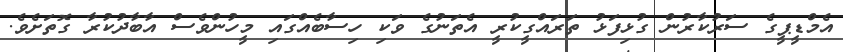
އެމްޑީޕީގެ ސަރުކާރުން ގުޅިފަޅު ތަރައްގީކުރީ އެތަނުގެ ވަކި ހިސާބެއްގައި މީހުންވެސް އާބާދުކުރާ ގޮތަށެވެ.